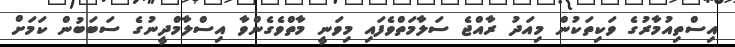
އިސްތިއުމާރުގެ ވަކިތަކުން މިއަދު ރާއްޖެ ސަލާމަތްވެފައި މިވަނީ މާތްވެގެންވާ އިސްލާމްދީނުގެ ސަބަބުން ކަމަށް